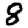
Digit: 8